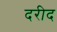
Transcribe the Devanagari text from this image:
दरीद